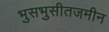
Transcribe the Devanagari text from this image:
भुसभुसीतजमीन